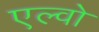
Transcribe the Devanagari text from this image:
एल्वो